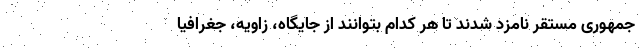
جمهوری مستقر نامزد شدند تا هر کدام بتوانند از جایگاه، زاویه، جغرافیا